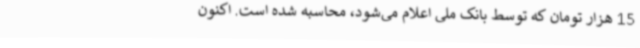
15 هزار تومان که توسط بانک ملی اعلام می‌شود، محاسبه شده است. اکنون